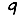
Digit: 9